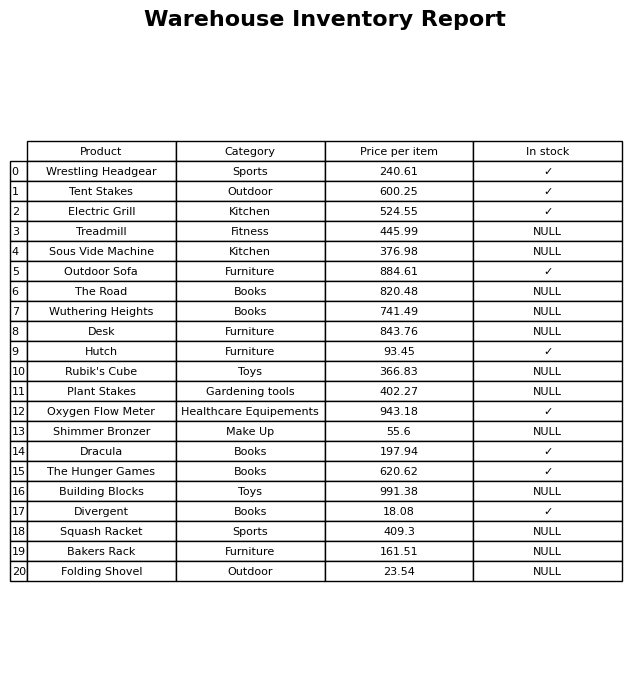
question: What is the price of the Tent Stakes?
answer: The price of Tent Stakes is 600.25.